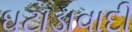
ઘટાડાવાદી